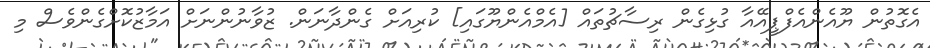
އެގޮތުން ޔޫއެންއެފްޕީއޭއާ ގުޅިގެން ރިސާޗުތައް [އެމްއެންޔޫގައި] ކުރިއަށް ގެންދާނަން. ޒުވާނުންނަށް އަމާޒުކޮށްގެންވެސް މި